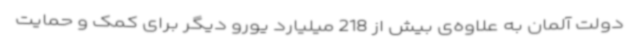
دولت آلمان به علاوه‌ی بیش از 218 میلیارد یورو دیگر برای کمک و حمایت